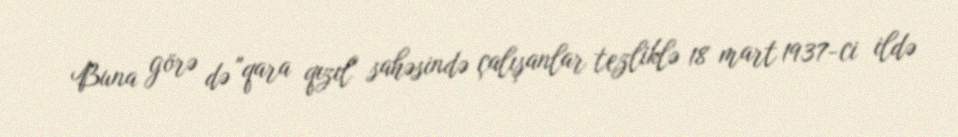
Buna görə də "qara qızıl" sahəsində çalışanlar tezliklə 18 mart 1937-ci ildə